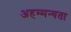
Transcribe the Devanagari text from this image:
अहम्मन्यता